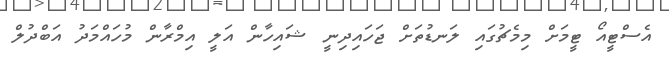
އެސްޓީއޯ ޓީމަށް މިމެޗުގައި ލަނޑުތަށް ޖަހައިދިނީ ޝައިހާން އަލީ އިމްރާން މުހައްމަދު އަބްދުލް